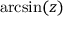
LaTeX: \arcsin ( z )